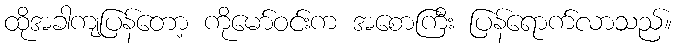
ထိုအခါကျပြန်တော့ ကိုမော်ဝင်းက အစောကြီး ပြန်ရောက်လာသည်။